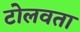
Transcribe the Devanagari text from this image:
टोलवता